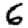
Digit: 6